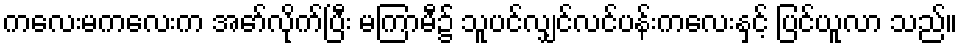
ကလေးမကလေးက အော်လိုက်ပြီး မကြာမီ၌ သူပင်လျှင်လင်ပန်းကလေးနှင့် ပြင်ယူလာ သည်။